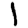
Digit: 1